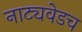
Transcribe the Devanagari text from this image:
नाट्यवेडच